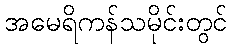
အမေရိကန်သမိုင်းတွင်